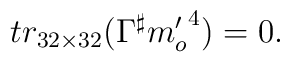
tr_{32 \times 32} ( \Gamma^{\sharp}  {m'_{o}}^{4} ) =0.